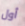
أول